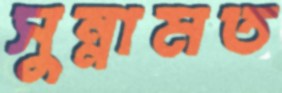
সুন্নামত